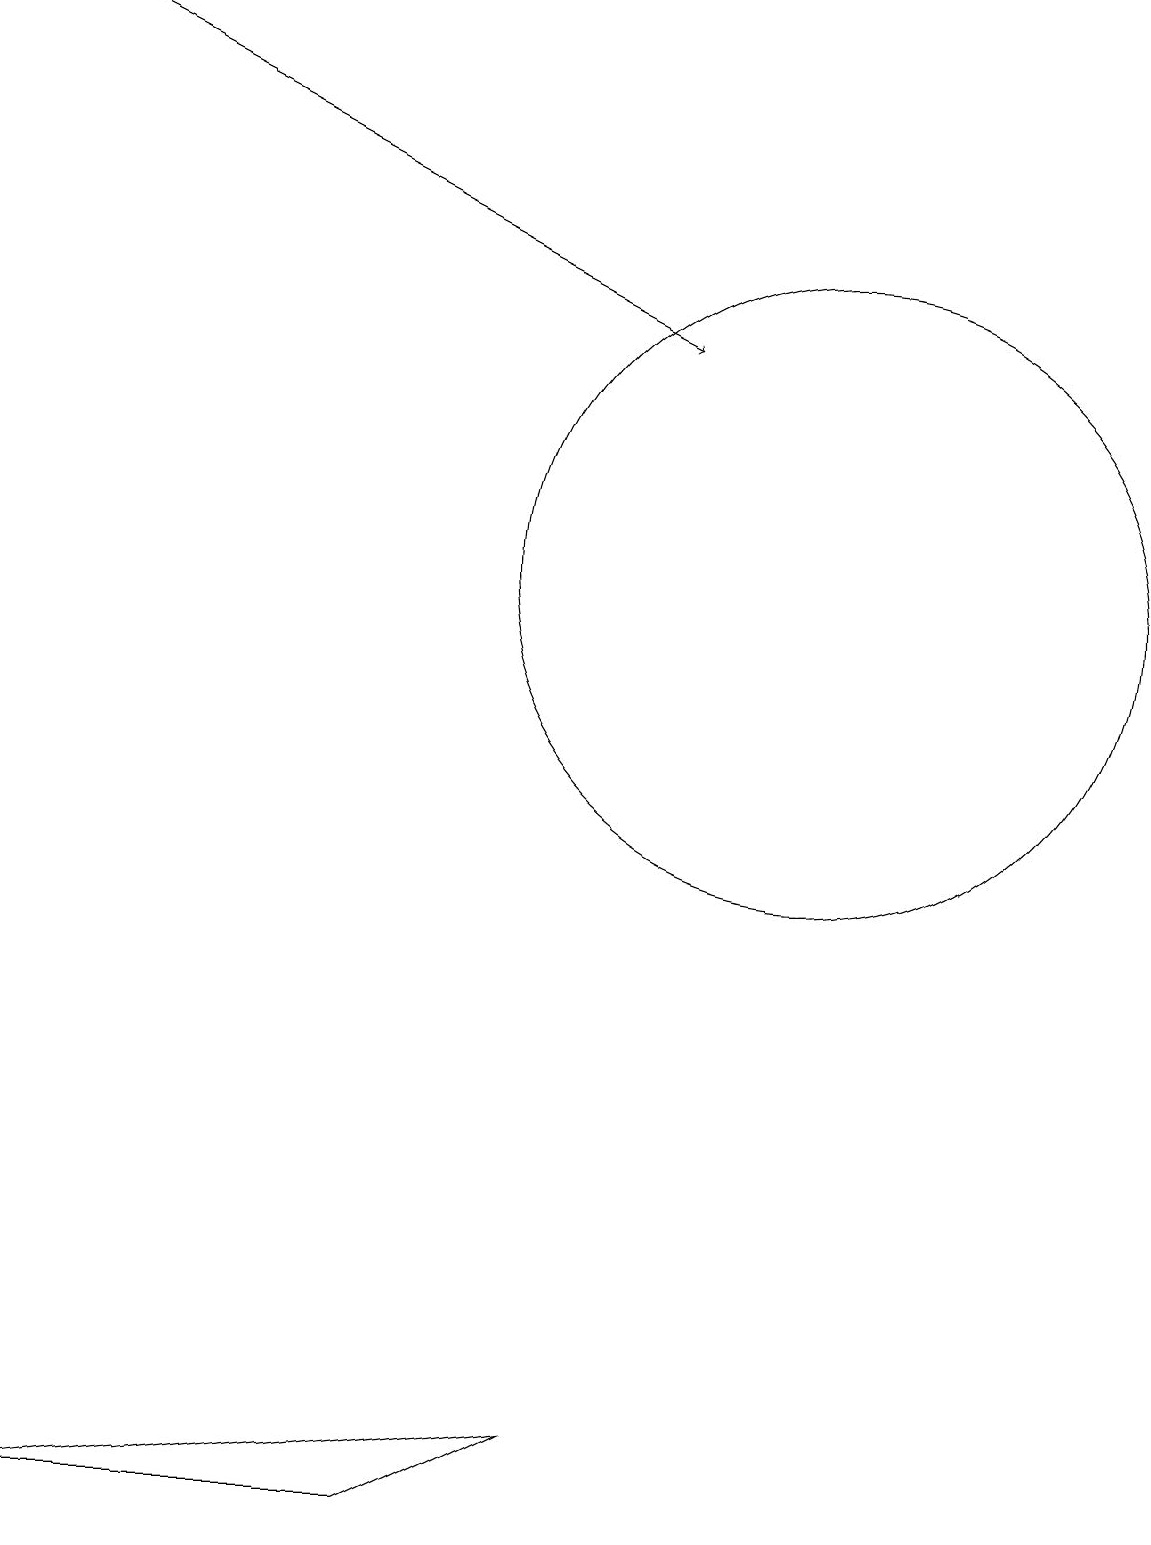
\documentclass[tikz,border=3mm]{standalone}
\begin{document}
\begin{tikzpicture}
\draw (10,12) circle (4);
\draw (7,1) -- (5,0) -- (0,0) -- cycle;
\draw[->] (0,19) -- (8,15);
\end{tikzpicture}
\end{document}